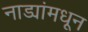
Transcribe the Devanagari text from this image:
नाड्यांमधून